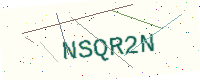
Text: NSQR2N